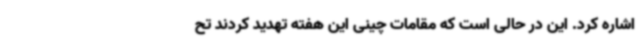
اشاره کرد. این در حالی است که مقامات چینی این هفته تهدید کردند تح